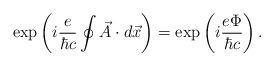
LaTeX: \begin{align*}\exp \left( i \frac{e}{\hbar c} \oint \vec{A} \cdot d\vec{x}\right) = \exp \left( i \frac{e\Phi}{\hbar c} \right).\end{align*}